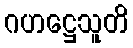
ဂဟဋ္ဌေသူတိ